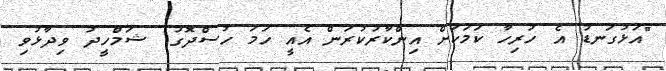
"އަޅުގަނޑު އެ ހުރިހާ ކަމަކަށް އިންކާރުކުރަން އެއީ ހަމަ ހުސްދޮގު" ޝަމްހީދު ވިދާޅުވި